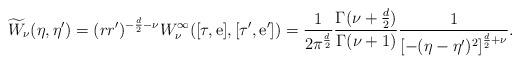
LaTeX: \begin{align*}\widetilde { W}_{\nu} (\eta ,\eta') = (r r')^{-\frac{d}{2} - \nu}{ W}_{\nu}^{\infty}([\tau,{\rm e}],[\tau',{\rm e}']) = \frac{1}{2\pi^\frac{d}{2}} \frac {\Gamma(\nu+ \frac {d}2 )}{\Gamma(\nu+1)}\frac{1}{{[-(\eta -\eta')^2]}^{\frac {d}{2}+\nu}}.\end{align*}